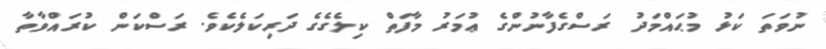
ނުވަތަ ކަޅު މުޙައްމަދު ރަސްގެފާނުންގެ ޢުމަރު މާފަތް ކިލެގެގެ ދަރިކަލެކެވެ. ރަސްކަން ކުރައްވާތާ